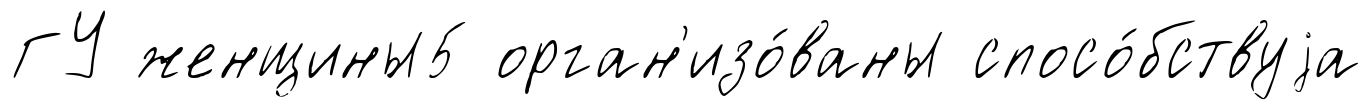
ГУ женщины5 орган'изо́ваны спосо́бствуjа